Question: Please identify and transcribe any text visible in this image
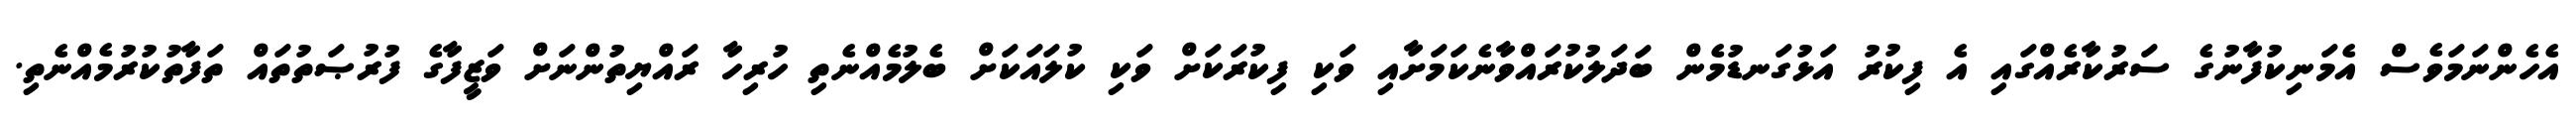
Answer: އެހެންނަމަވެސް އެމަނިކުފާނުގެ ސަރުކާރެއްގައި އެ ފިކުރު އަޅުގަނޑުމެން ބަދަލުކުރައްވާނެކަމަށާއި ވަކި ފިކުރަކަށް ވަކި ކުލައަކަށް ބެލުމެއްނެތި ހުރިހާ ރައްޔިތުންނަށް ވަޒީފާގެ ފުރުޞަތުތައް ތަފާތުކުރުމެއްނެތި.